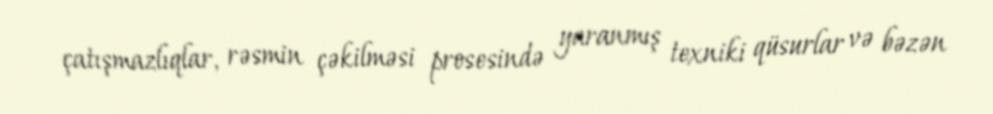
çatışmazlıqlar, rəsmin çəkilməsi prosesində yaranmış texniki qüsurlar və bəzən